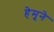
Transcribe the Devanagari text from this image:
हेमूने